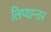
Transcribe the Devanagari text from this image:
लिप्यान्तर